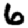
Digit: 6